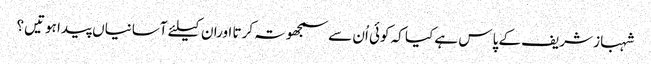
شہباز شریف کے پاس ہے کیا کہ کوئی اُن سے سمجھوتہ کرتا اوران کیلئے آسانیاں پیدا ہوتیں؟